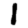
Digit: 1